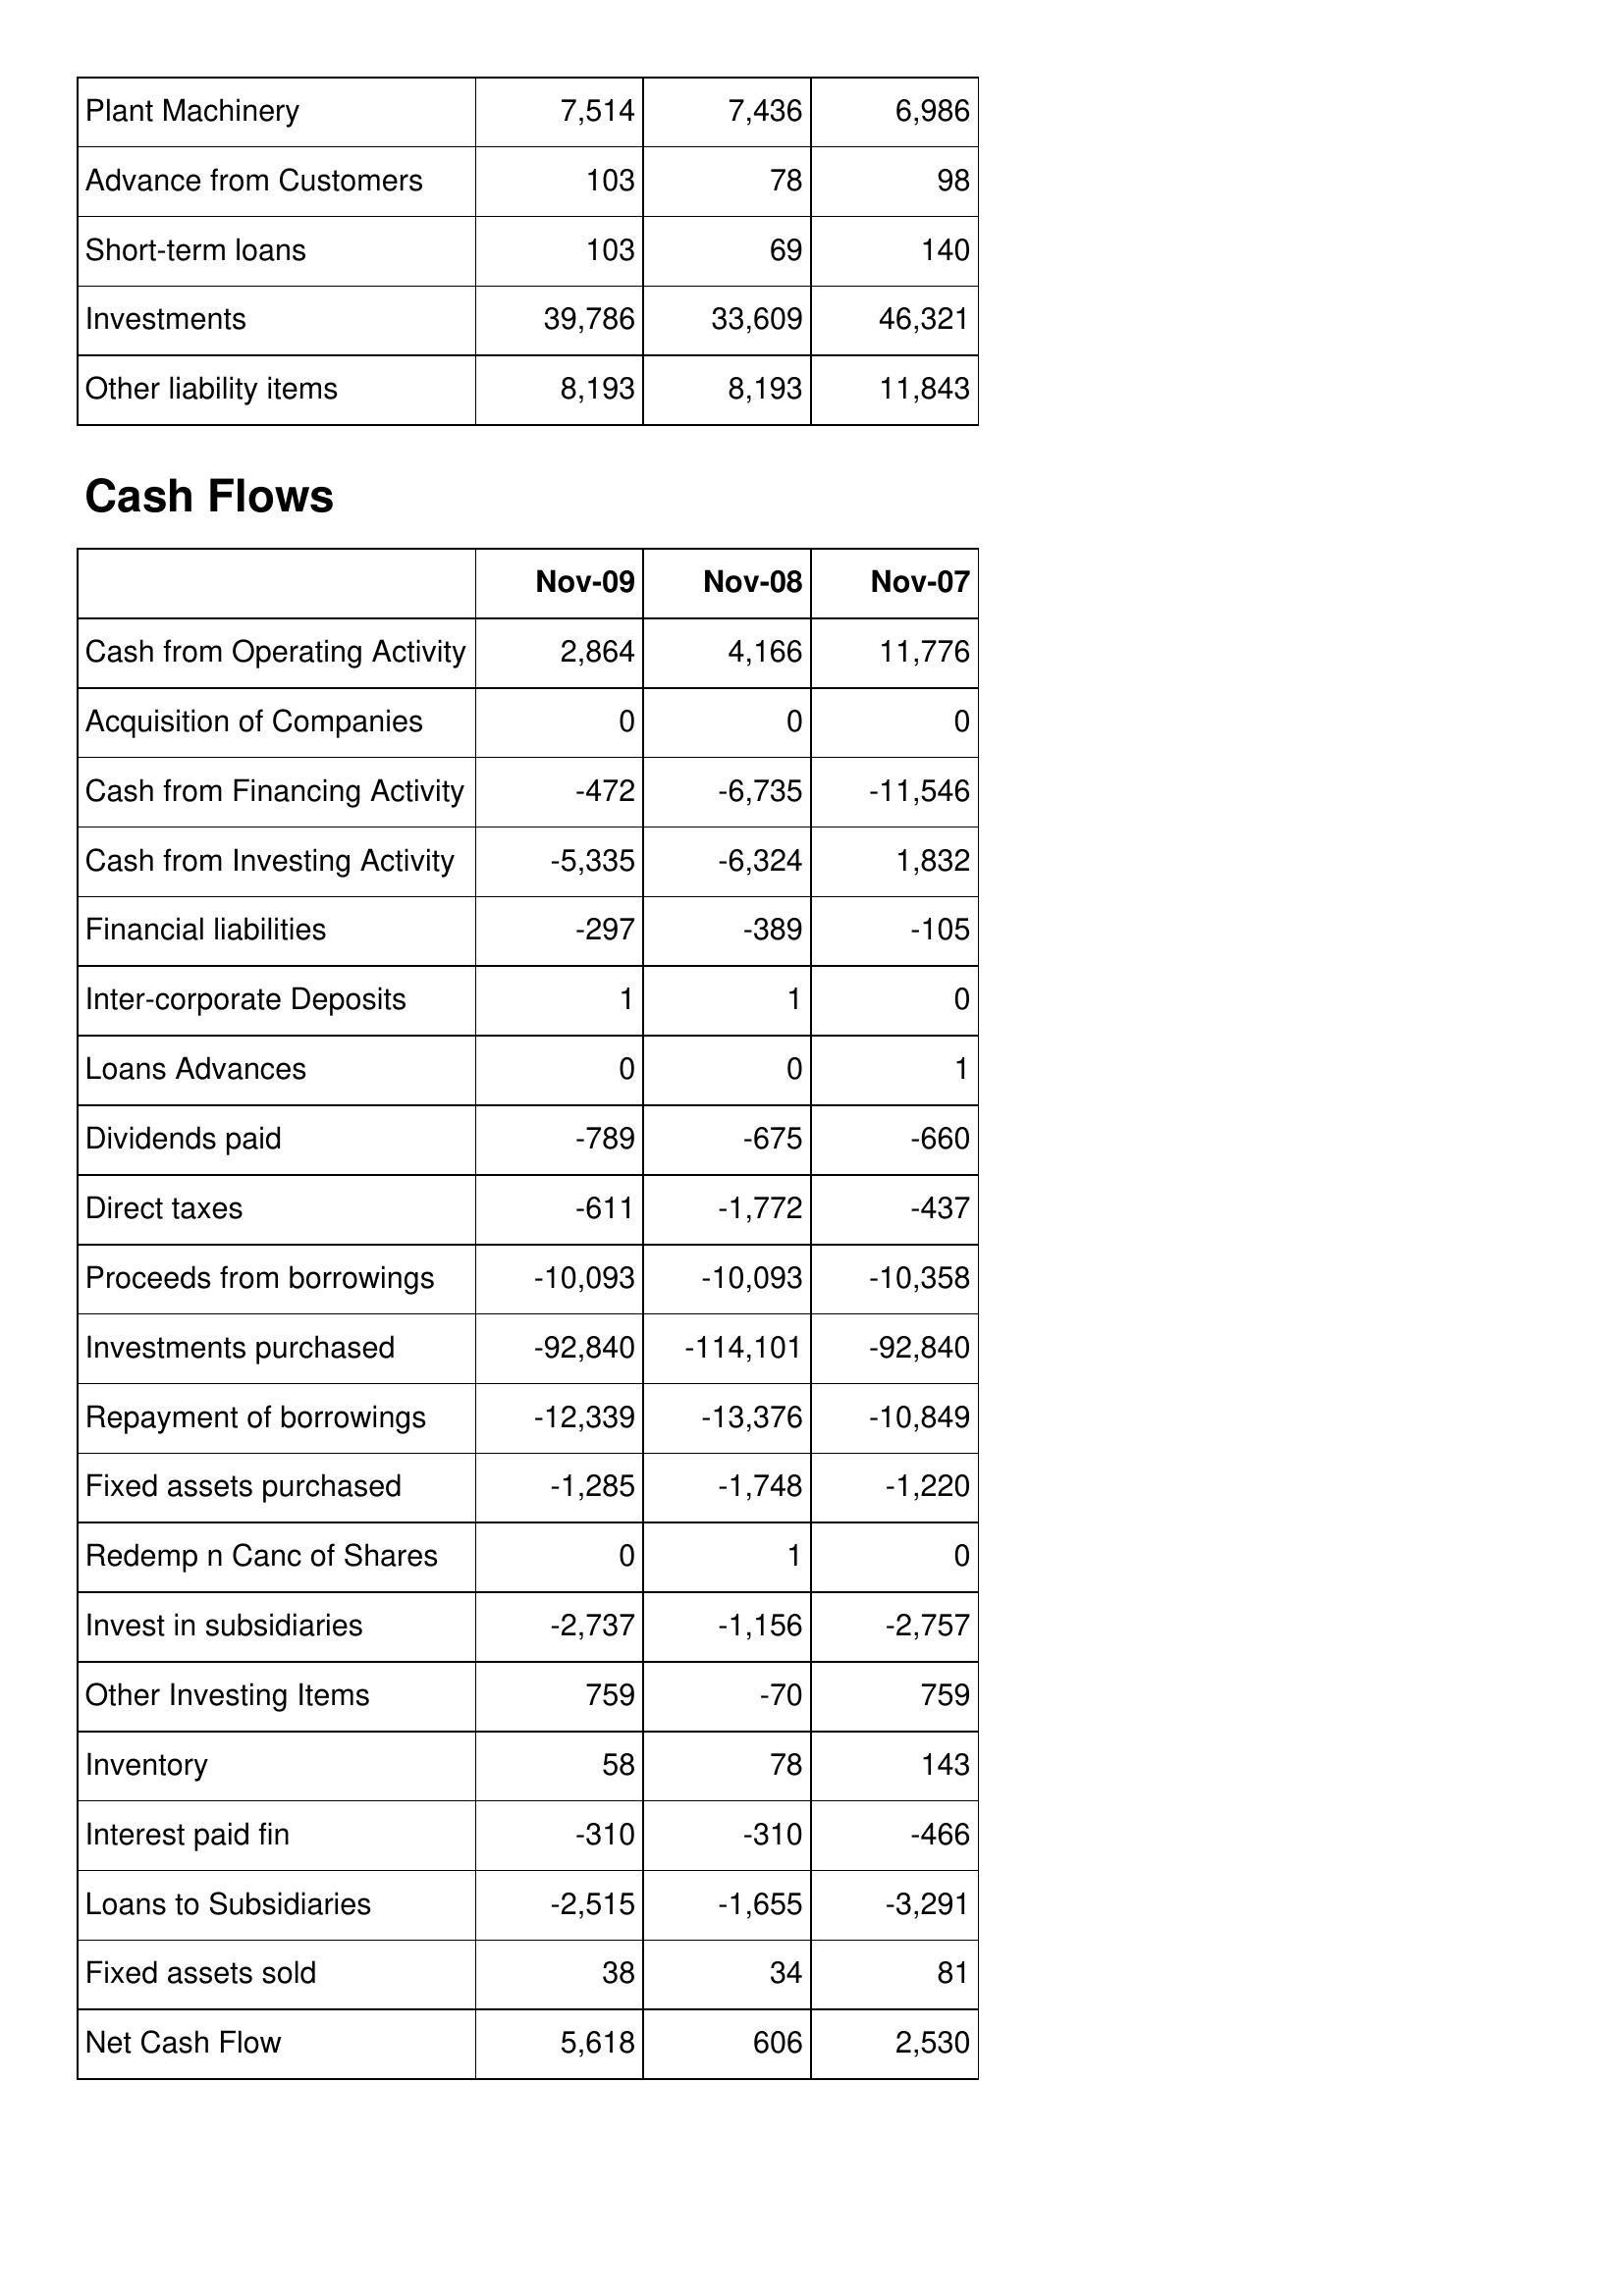
Nov-09: Balance Sheet: Plant Machinery: 7,514
Advance from Customers: 103
Short-term loans: 103
Investments: 39,786
Other liability items: 8,193
Cash Flows: Cash from Operating Activity: 2,864
Acquisition of Companies: 0
Cash from Financing Activity: -472
Cash from Investing Activity: -5,335
Financial liabilities: -297
Inter-corporate Deposits: 1
Loans Advances: 0
Dividends paid: -789
Direct taxes: -611
Proceeds from borrowings: -10,093
Investments purchased: -92,840
Repayment of borrowings: -12,339
Fixed assets purchased: -1,285
Redemp n Canc of Shares: 0
Invest in subsidiaries: -2,737
Other Investing Items: 759
Inventory: 58
Interest paid fin: -310
Loans to Subsidiaries: -2,515
Fixed assets sold: 38
Net Cash Flow: 5,618
Nov-08: Balance Sheet: Plant Machinery: 7,436
Advance from Customers: 78
Short-term loans: 69
Investments: 33,609
Other liability items: 8,193
Cash Flows: Cash from Operating Activity: 4,166
Acquisition of Companies: 0
Cash from Financing Activity: -6,735
Cash from Investing Activity: -6,324
Financial liabilities: -389
Inter-corporate Deposits: 1
Loans Advances: 0
Dividends paid: -675
Direct taxes: -1,772
Proceeds from borrowings: -10,093
Investments purchased: -114,101
Repayment of borrowings: -13,376
Fixed assets purchased: -1,748
Redemp n Canc of Shares: 1
Invest in subsidiaries: -1,156
Other Investing Items: -70
Inventory: 78
Interest paid fin: -310
Loans to Subsidiaries: -1,655
Fixed assets sold: 34
Net Cash Flow: 606
Nov-07: Balance Sheet: Plant Machinery: 6,986
Advance from Customers: 98
Short-term loans: 140
Investments: 46,321
Other liability items: 11,843
Cash Flows: Cash from Operating Activity: 11,776
Acquisition of Companies: 0
Cash from Financing Activity: -11,546
Cash from Investing Activity: 1,832
Financial liabilities: -105
Inter-corporate Deposits: 0
Loans Advances: 1
Dividends paid: -660
Direct taxes: -437
Proceeds from borrowings: -10,358
Investments purchased: -92,840
Repayment of borrowings: -10,849
Fixed assets purchased: -1,220
Redemp n Canc of Shares: 0
Invest in subsidiaries: -2,757
Other Investing Items: 759
Inventory: 143
Interest paid fin: -466
Loans to Subsidiaries: -3,291
Fixed assets sold: 81
Net Cash Flow: 2,530